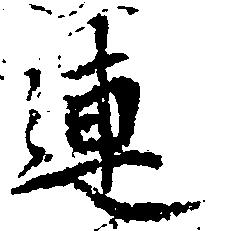
連